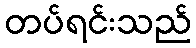
တပ်ရင်းသည်